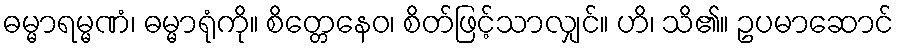
ဓမ္မာရမ္မဏံ၊ ဓမ္မာရုံကို။ စိတ္တေနေဝ၊ စိတ်ဖြင့်သာလျှင်။ ဟိ၊ သိ၏။ ဥပမာဆောင်